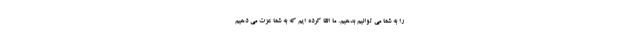
را به شما می توانیم بدهیم. ما القا کرده ایم که به شما عزت می دهیم